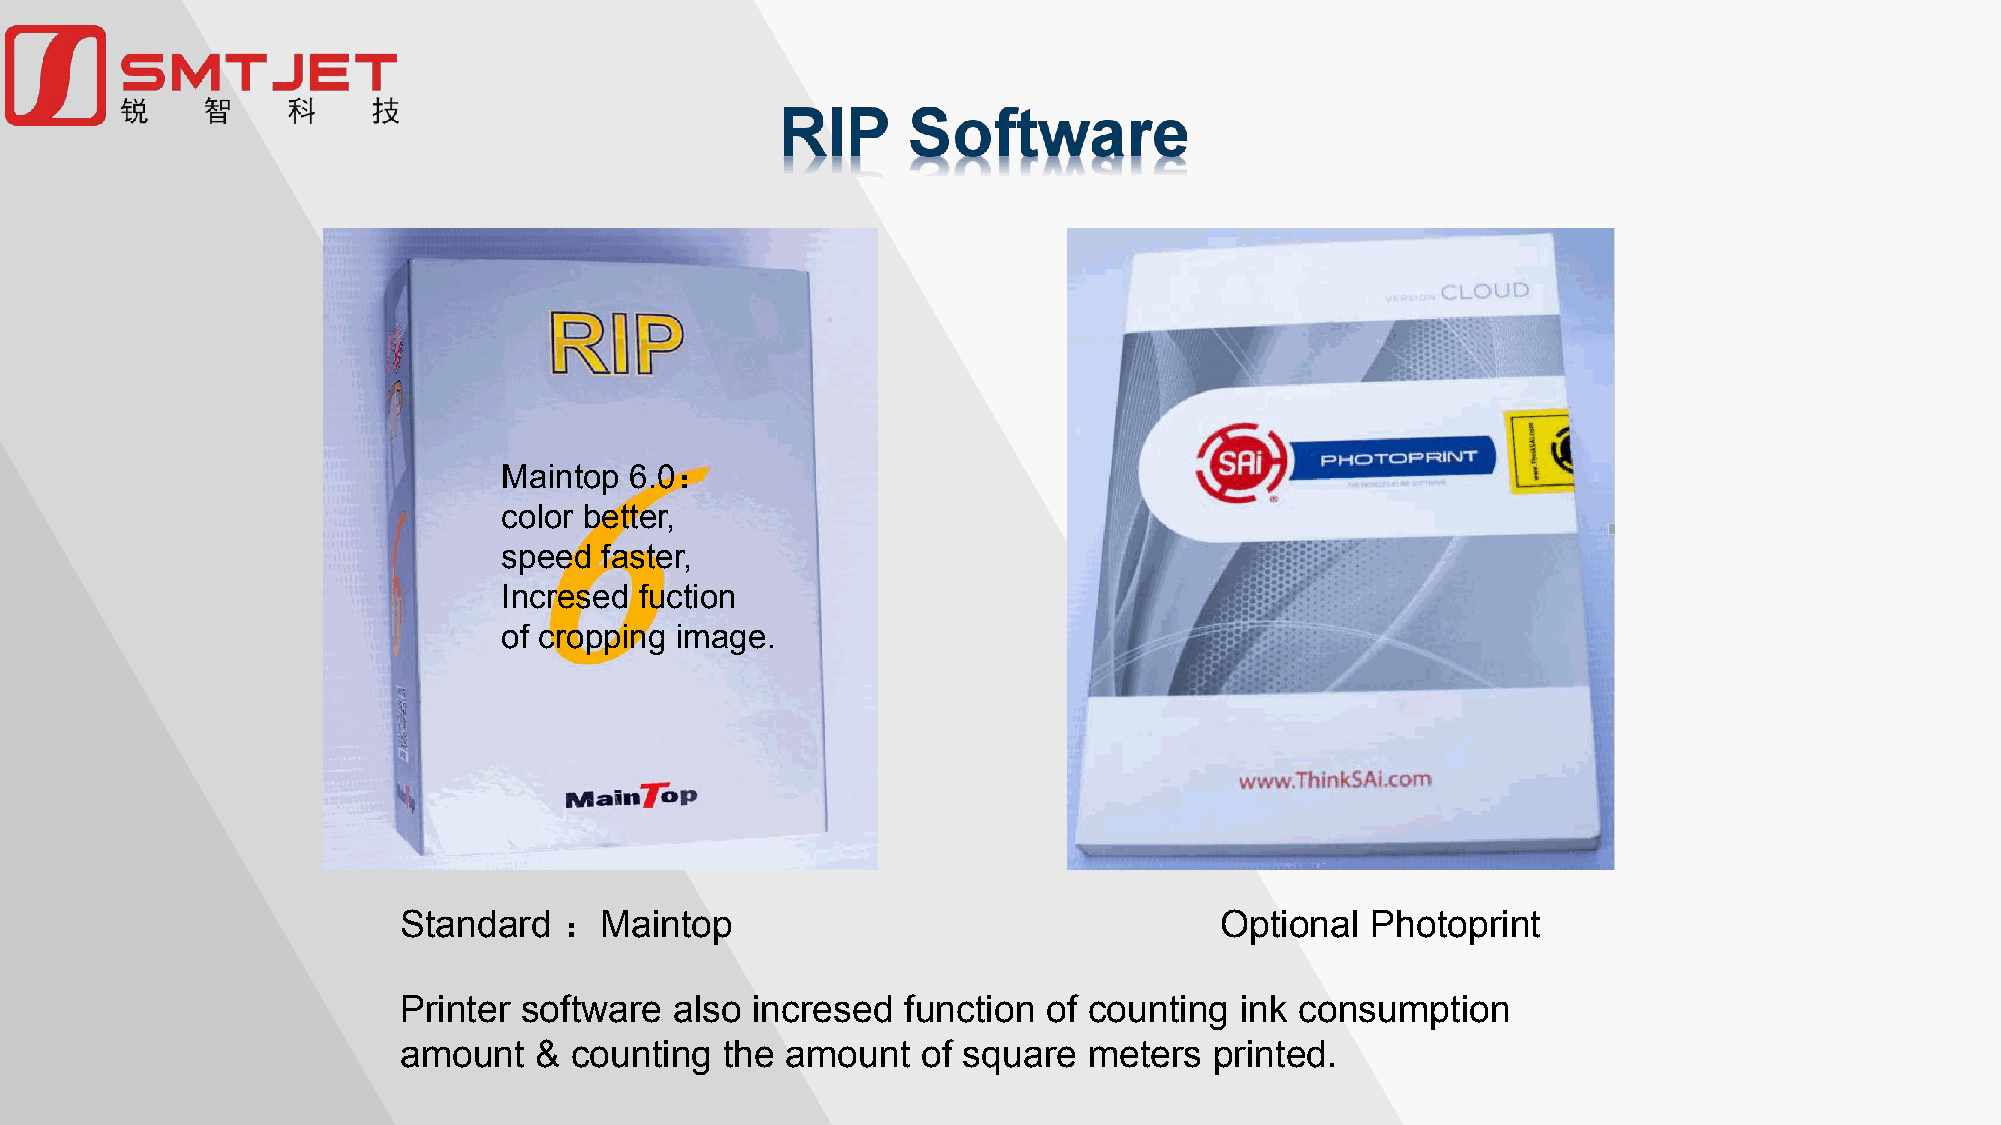
Maintop  6.0：
 color better,
 speed  faster,
 Incresed fuction
 of cropping image.
 ：
 Standard      Maintop                                  Optional  Photoprint
 Printer software   also incresed  function of counting  ink consumption
 amount   &  counting  the amount   of square  meters  printed.